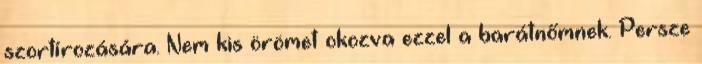
szortírozására. Nem kis örömet okozva ezzel a barátnőmnek. Persze